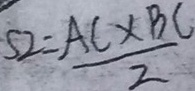
s _ { 2 } = \frac { A C \times B C } { 2 }